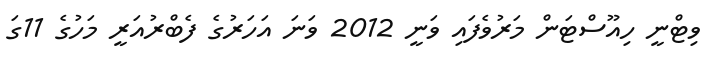
ވިޓްނީ ހިއޫސްޓަން މަރުވެފައި ވަނީ 2012 ވަނަ އަހަރުގެ ފެބްރުއަރީ މަހުގެ 11ގަ